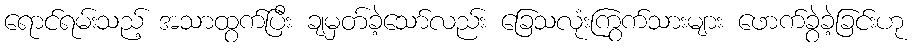
ရောင်ရမ်းသည့် အသာထွက်ပြီး ချမှတ်ခဲ့သော်လည်း ခြေသလုံးကြွက်သားများ ဖောက်ခွဲခဲ့ခြင်းဟု